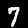
Digit: 7